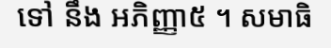
ទៅ នឹង អភិញ្ញា៥ ។ សមាធិ